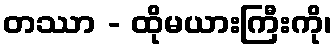
တဿာ - ထိုမယားကြီးကို၊